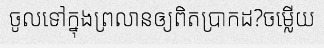
ចូលទៅក្នុងព្រលានឲ្យពិតប្រាកដ?ចម្លើយ